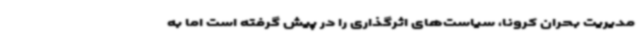
مدیریت بحران کرونا، سیاست‌های اثرگذاری را در پیش گرفته است اما به